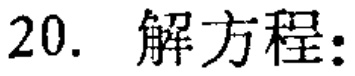
20. 解方程: